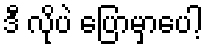
ဒီ လိုပဲ ပြောမှာပေါ့